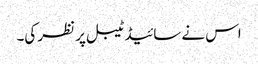
اس نے سائیڈ ٹیبل پر نظر کی۔